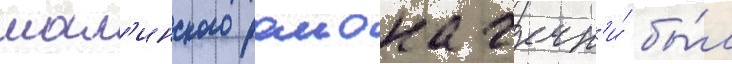
шал'инского раиона чечн'и́ бы́л